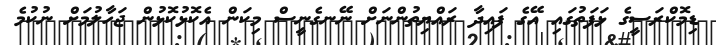
ޑިމޮކްރަސީގެ ޅަފަތުގައި އޭގެ ފައިދާ ރައްޔިތުންނަށް ނޭނގެނީސް މިކަން އެކޮޅުކޮޅުން ޖަހާލުމަށް ނުކުމެ